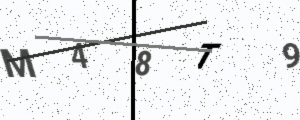
Text: M48T9